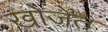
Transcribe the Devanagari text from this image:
खोजेंत